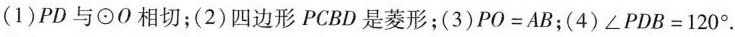
(1)PD与⊙O相切；(2)四边形PCBD是菱形；(3)$$PO=AB$$；(4)$$\angle PDB=120^{\circ} $$.